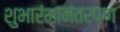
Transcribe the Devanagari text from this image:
शुभारंभानंतरपण